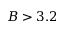
B > 3 . 2